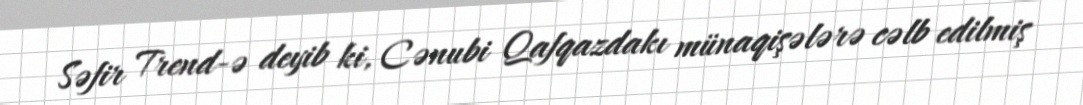
Səfir Trend-ə deyib ki, Cənubi Qafqazdakı münaqişələrə cəlb edilmiş